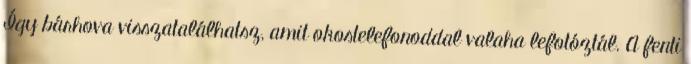
Így bárhova visszatalálhatsz, amit okostelefonoddal valaha lefotóztál. A fenti